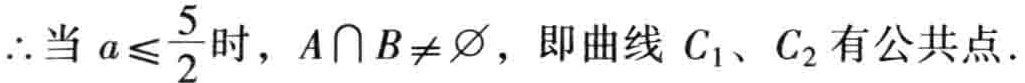
$\therefore$当$a\leqslant \dfrac{5}{2}$时，$A\cap B\neq \varnothing$，即曲线$C_{1}$、$C_{2}$有公共点.